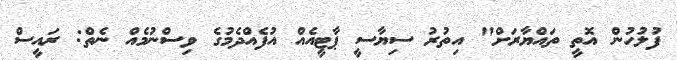
ފުލުހުން އޮތީ ތައްޔާރަށް" އިތުރު ސިޔާސީ ޕާޓީއެއް އުފެއްދެމުގެ ވިސްނުމެއް ނެތް: ރައީސް